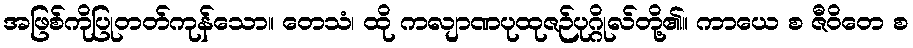
အဖြစ်ကိုပြုတတ်ကုန်သော။ တေသံ၊ ထို ကလျာဏပုထုဇဉ်ပုဂ္ဂိုလ်တို့၏။ ကာယေ စ ဇီဝိတေ စ